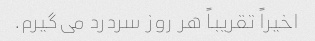
اخیراً تقریباً هر روز سردرد می‌گیرم.